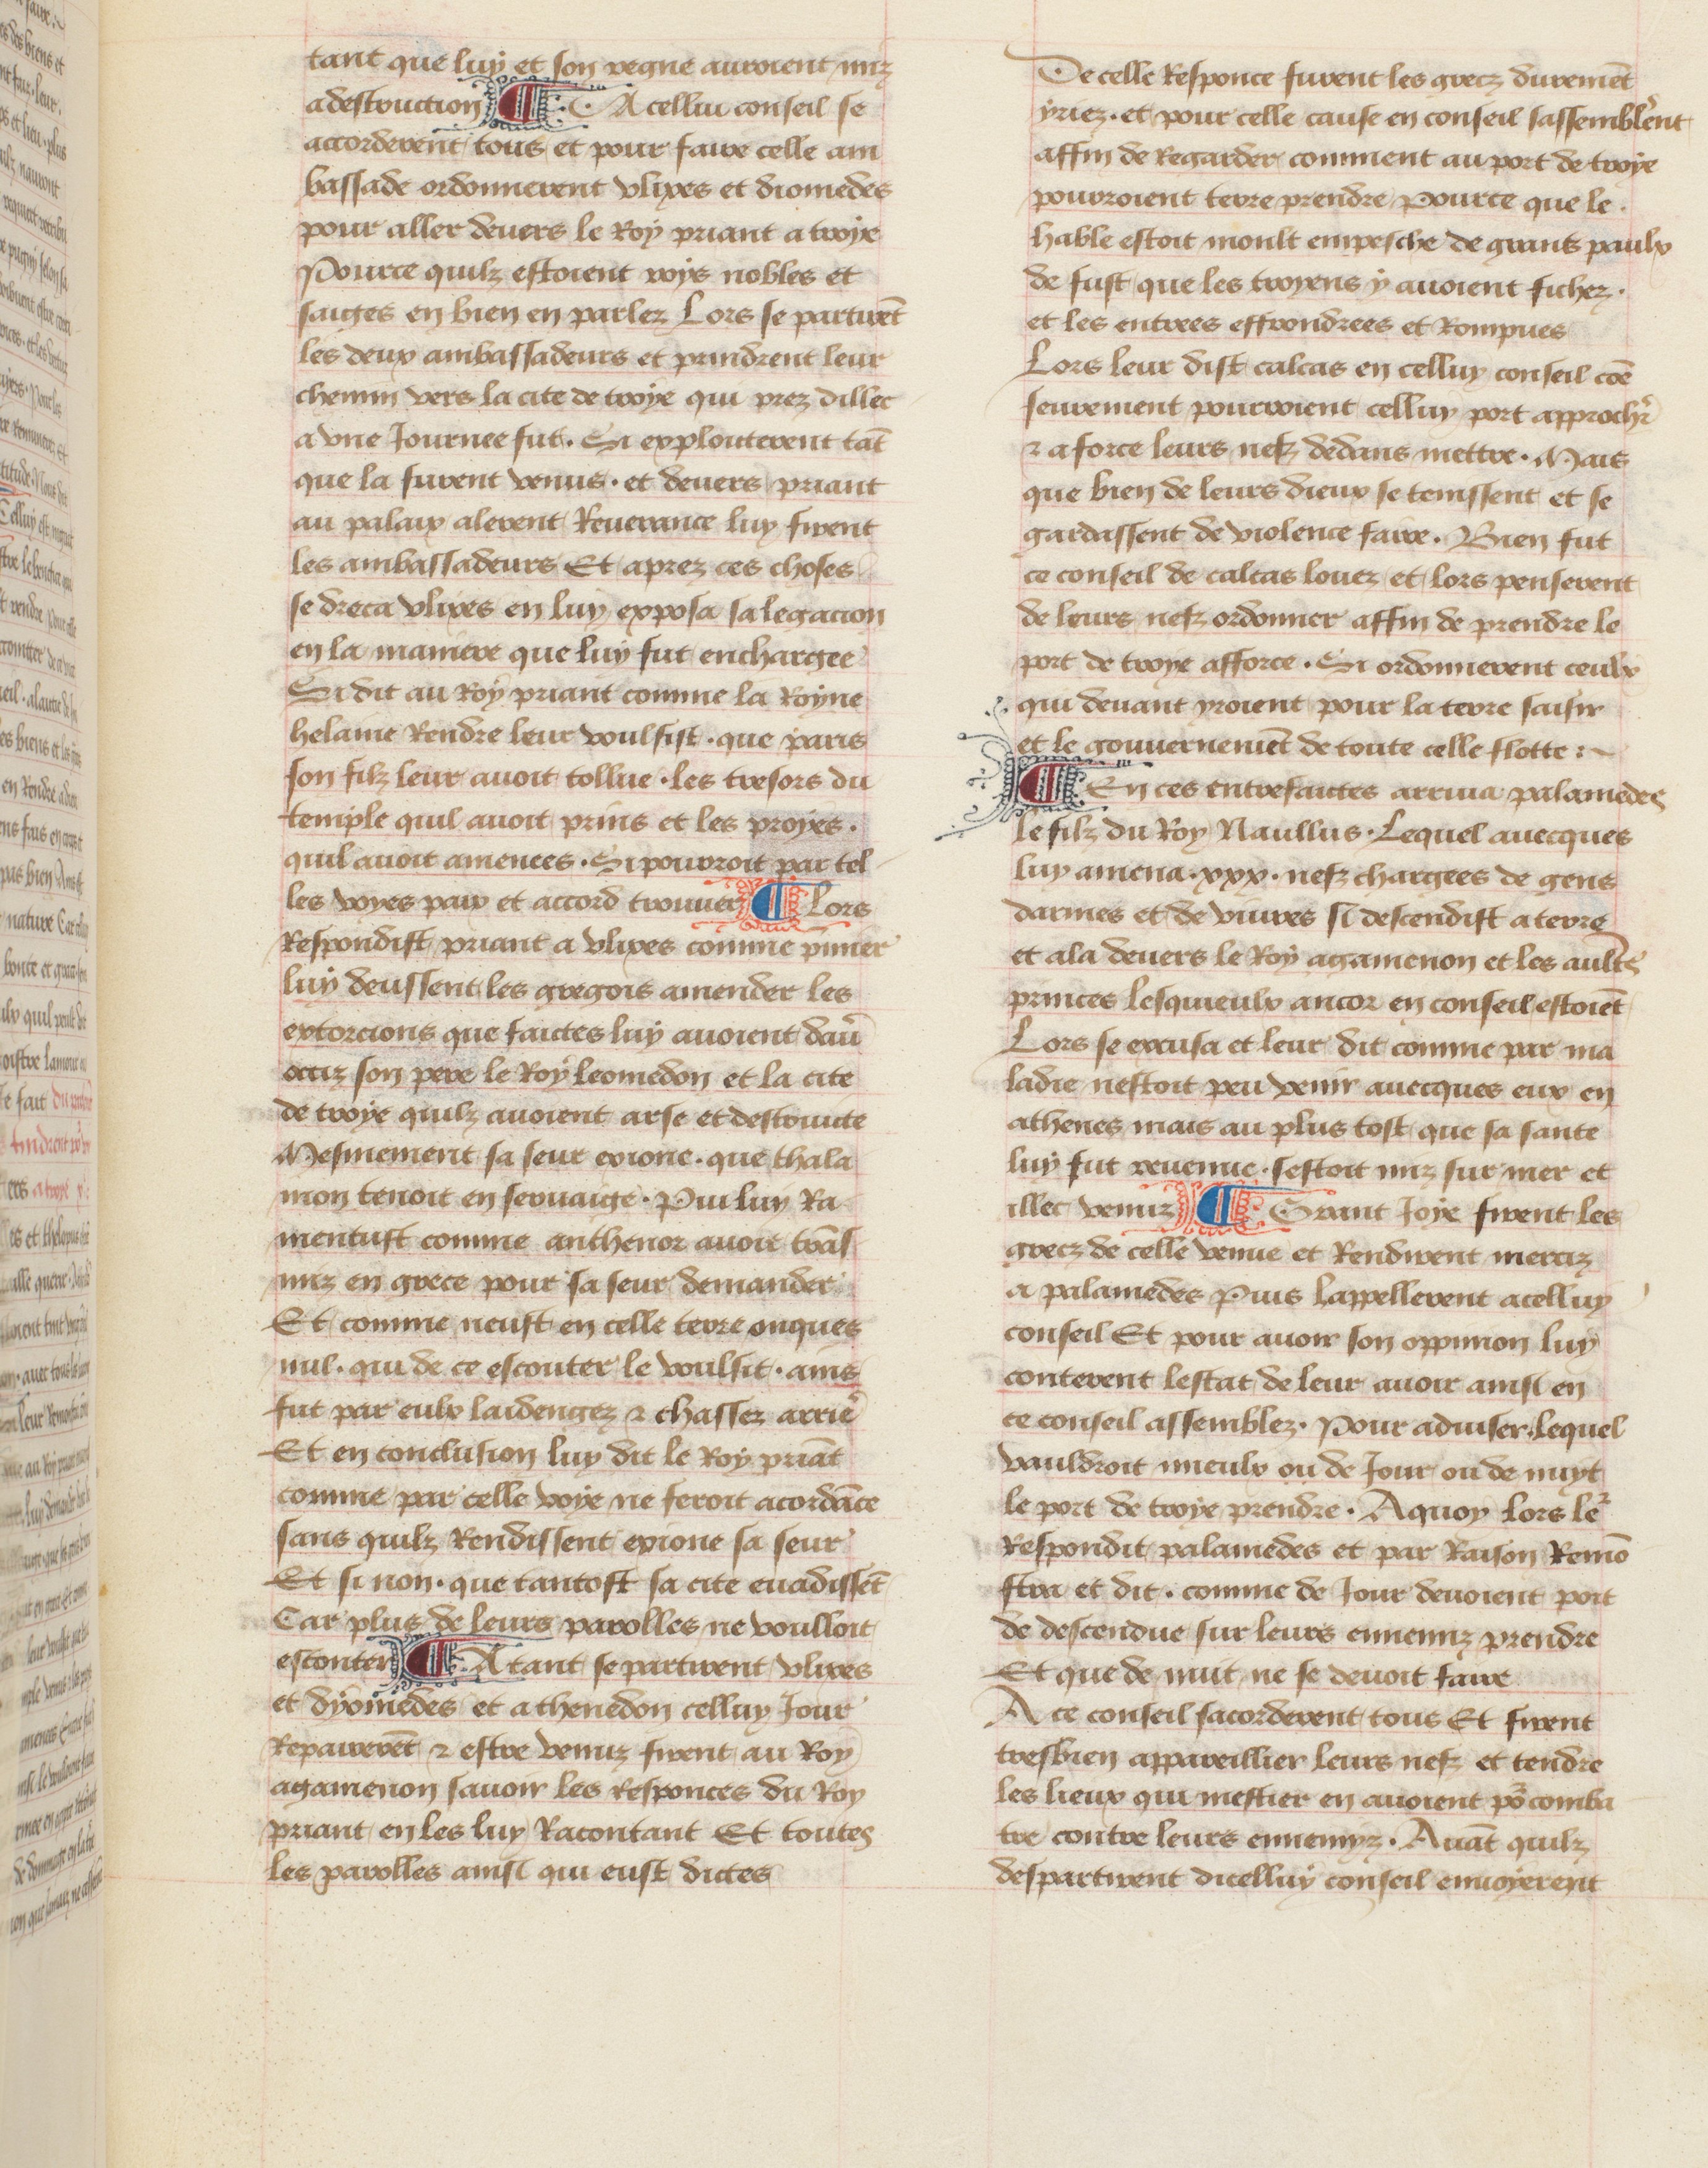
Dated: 1457–1482